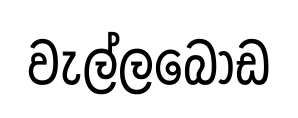
වැල්ලබොඩ